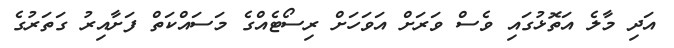
އަދި މާލެ އަތޮޅުގައި ވެސް ވަރަށް އަވަހަށް ރިސޯޓެއްގެ މަސައްކަތް ފަށާއިރު ގަތަރުގެ